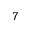
7